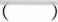
（ ）